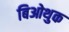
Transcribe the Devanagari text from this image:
बिओथुक